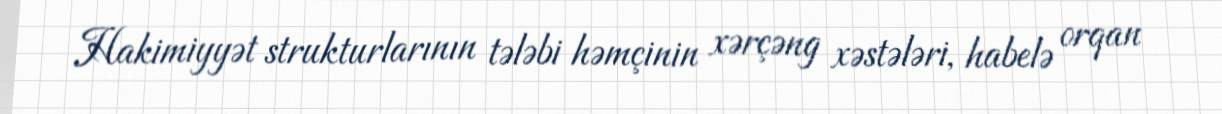
Hakimiyyət strukturlarının tələbi həmçinin xərçəng xəstələri, habelə orqan